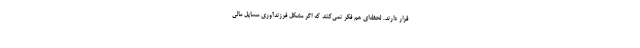
قرار دارند. لحظه‌ای هم فکر نمی‌کنند که اگر مشکل فرزندآوری مسایل مالی